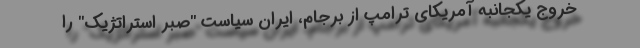
خروج یکجانبه آمریکای ترامپ از برجام، ایران سیاست "صبر استراتژیک" را